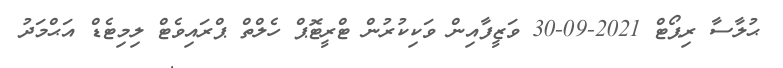
ޙުލާސާ ރިޕޯޓް 2021-09-30 ވަޒީފާއިން ވަކިކުރުން ޓްރީޓޮޕް ހެލްތް ޕްރައިވެޓް ލިމިޓެޑް އަޙްމަދު